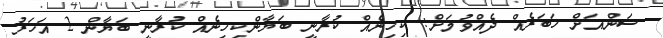
ސަންއަށް ޚަބަރެއް ދެއްވުމަށް: ކިހިނެއް ކުރާނީ ބަޔާންކިހިނެއް ކުރާނީ ބަޔާން 2 އަހަރު